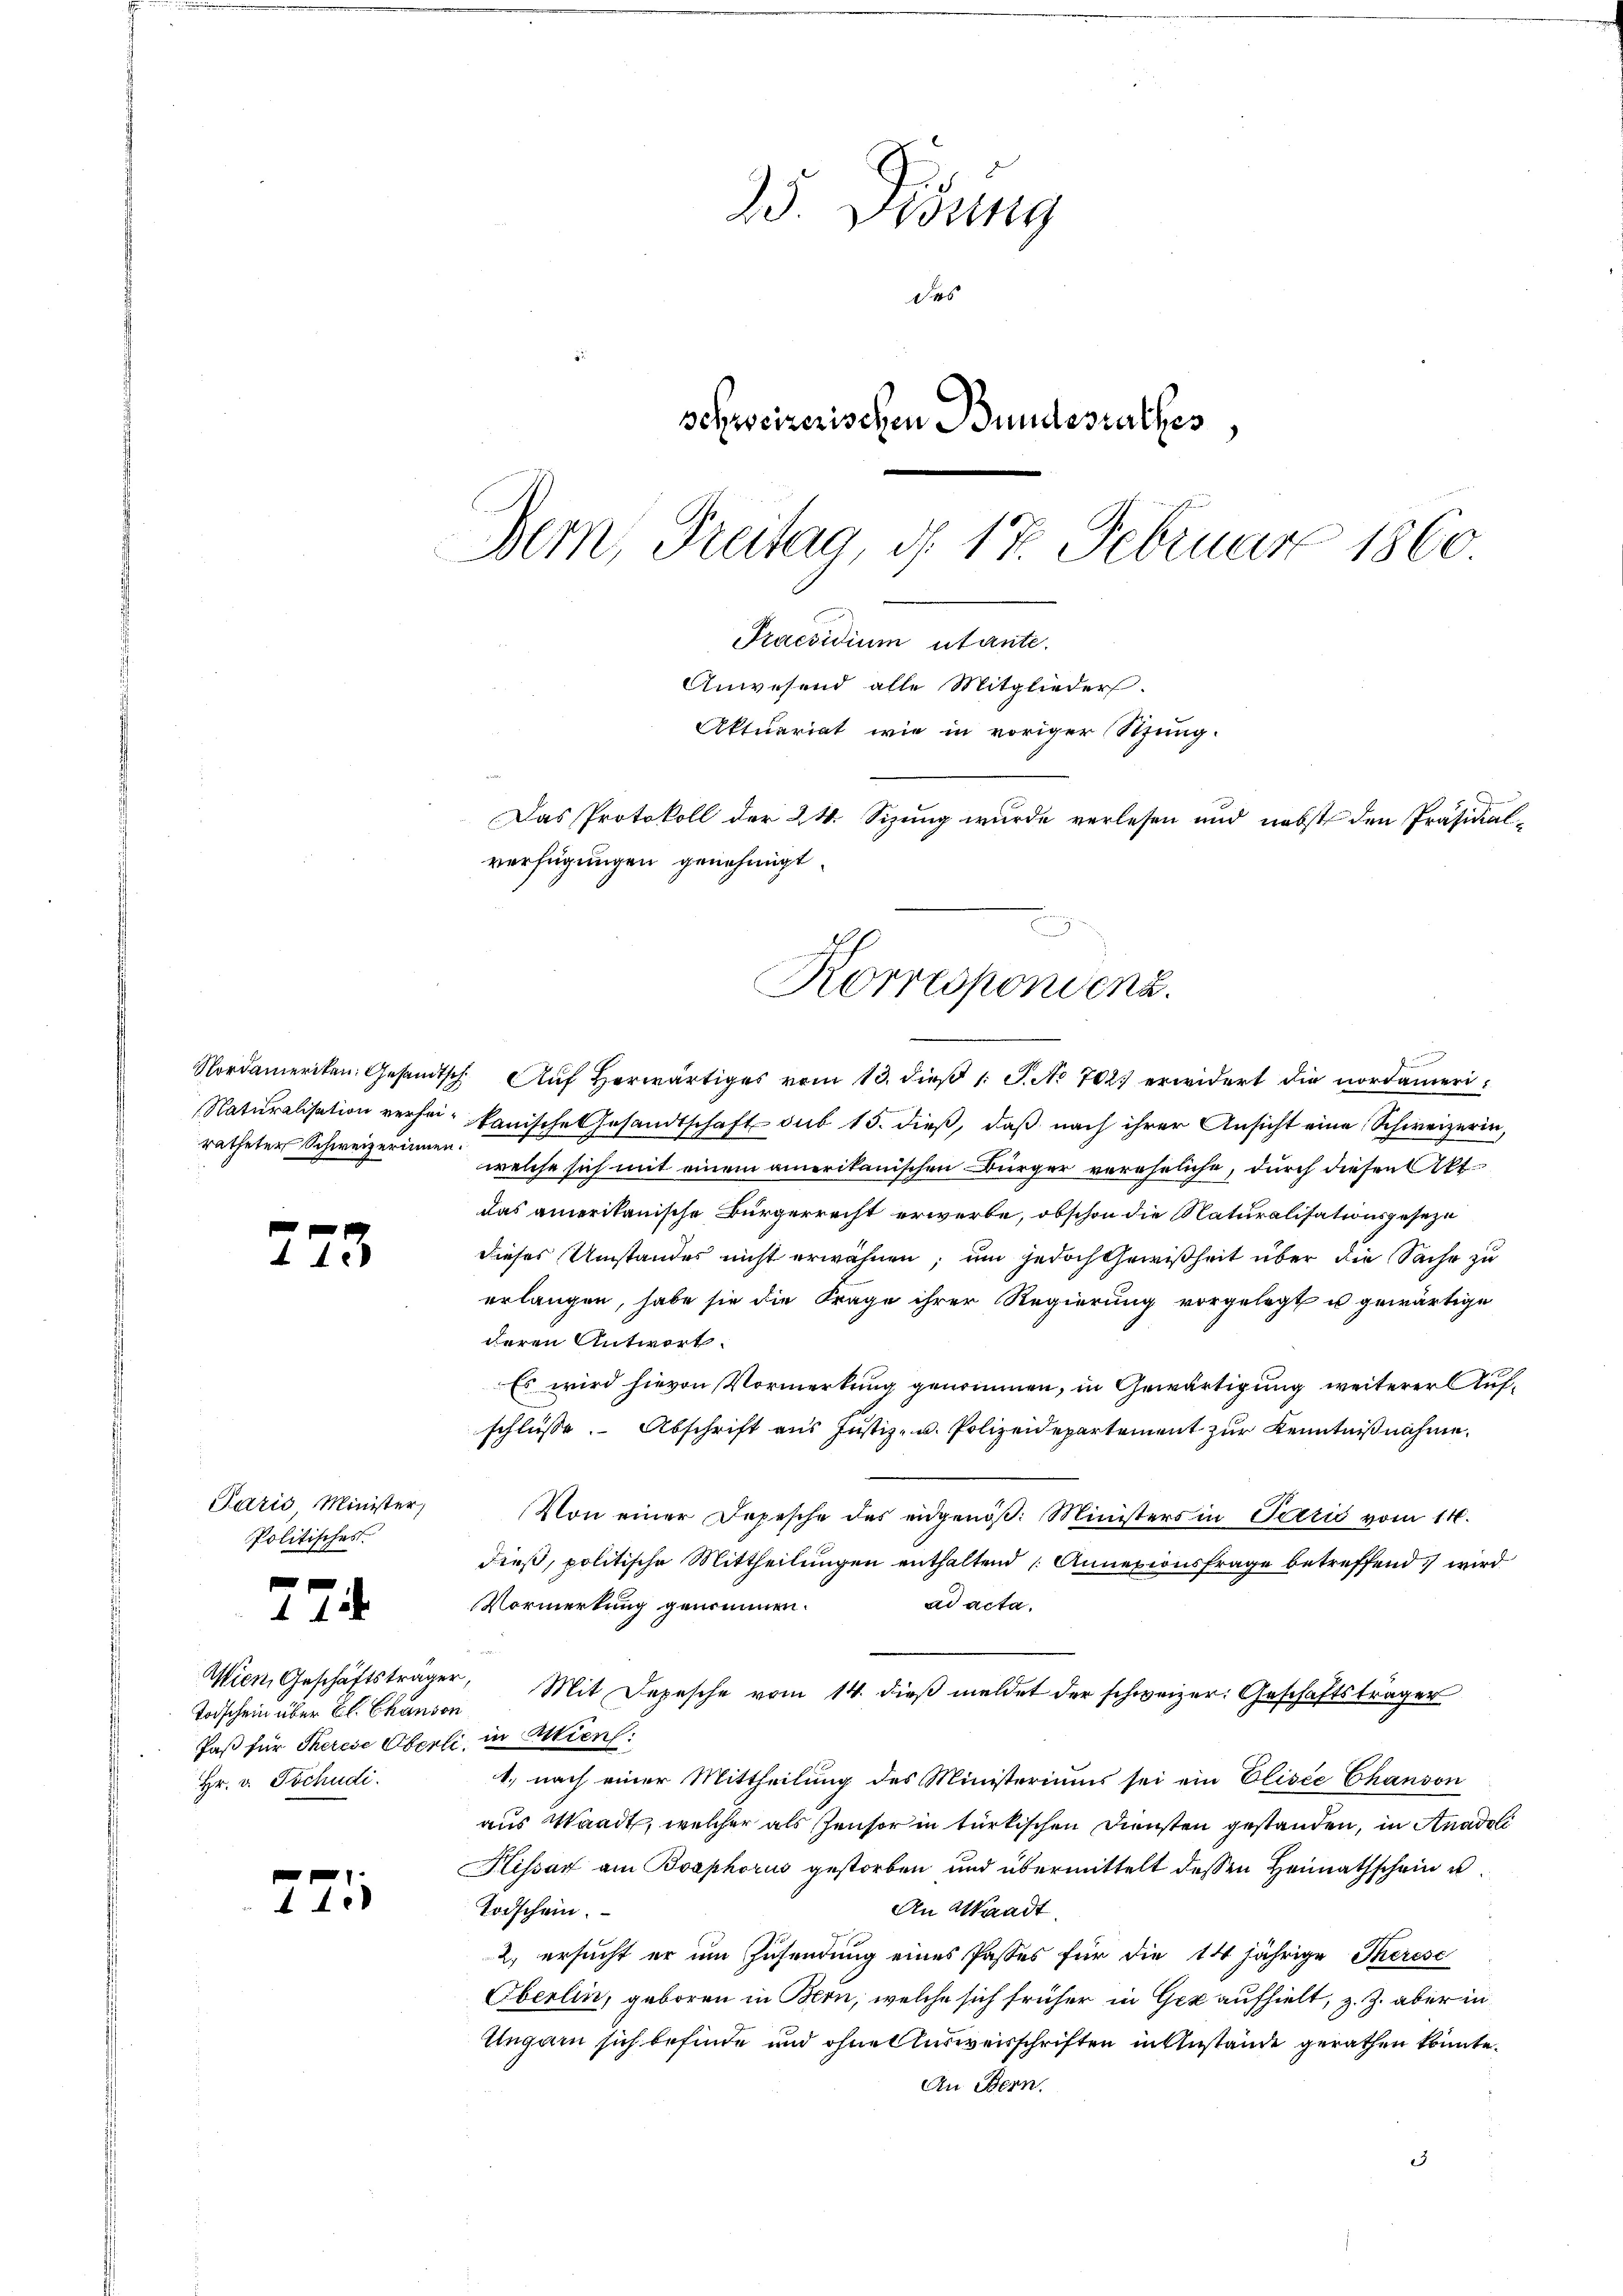
ratheter Schweizerinnen.

275.

Paris Minister,
Politisches.

f
1

Wien, Geschäftsträger,
Todschein über Bl. Chanson
Jaß für Therese Oberli, in Mien:
Hr. v. Tschudi.

44.

25. Sedung
des
schweizerischen Bundesrathes,
Bern, Freitag, d. 17. Februar 1860.
Praesidium utante.
Anwesend alle Mitglieder.
Aktuariat wie in voriger Stung.
Das Protokoll der 24 Sizung wurde verlesen und nebst den Präsidial-
verfügungen genehmigt.

Korrespondenz.

f
Nordameriken Gesandtsch. Auf herwärtiges vom 13. dieß 1 S. No 702. erwidert die nordameri¬
Naturalisation verheit kanische Gesandtschaft sub 15. dieß, daß nach ihrer Ansicht eine Schweizerin,
welche sich mit einem amerikanischen Bürger vereheliche, durch diesen Akt.
das amerikanische Bürgerrecht erwerbe, obschon die Naturalisationsgeseze
dieses Umstandes nicht erwähnen, um jedoch Gewißheit über die Sache zu
erlangen, habe sie die Frage ihrer Regierung vorgelegt u gewärtige
deren Antwort.
Es wird hievon Vormerkung genommen, in Gewärtigung weiterer Aufschlüsse. Abschrift aus Justiz- u. Polizeidepartement zur Kenntnißnahme.
Von einer Depesche des eidgenöß: Ministers in Perić vom 14.
dieß, politische Mittheilungen enthaltend Annexionsfrage betreffend wird
Vormerkung genommen.
ad acta.
Mit Depesche vom 14. dieß meldet der schweizer. Geschäftsträger
1. nach einer Mittheilung des Ministeriums sei ein Elisée Chanson
aus Waadt, welcher als Zensor in türkischen Diensten gestanden, in Anadoli
Kissar am Boaphorus gestorben und übermittelt dessen Heimathschein u.
An Waadt,
Todschein.
2. ersucht er im Zusendung eines Passes für die 14jährige Therese
Oberlin, geboren in Bern, welche sich früher in Gez aufhielt, z. Z. aber in
Ungarn sich befinde und ohne Ausweisschriften in Anstände gerathen könnte.
An Bern.